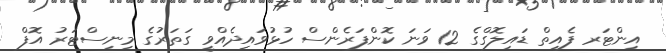
އިންޓަރ ފެއިތް ޑައިލޮގްގެ 12 ވަނަ ކޮންފަރެންސް ހުޅުވައިދެއްވީ ގަތަރުގެ މިނިސްޓަރު އޮފް